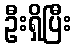
ဦးရှိပြီး